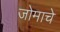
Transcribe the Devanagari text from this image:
जोमाचे